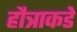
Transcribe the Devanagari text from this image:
हौत्राकडे